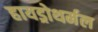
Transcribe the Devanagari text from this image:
हायड्रोथर्मल